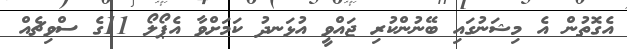
އެގޮތުން އެ މިޝަނުގައި ބޭނުންކުރި ޖައްވީ އުޅަނދު ކަމަށްވާ އެޕޯލޯ 11ގެ ސްވިޗެއް